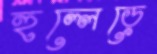
হুল্লেড়ে